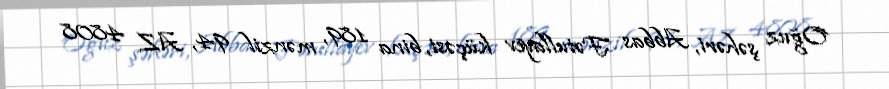
Oğuz şəhəri, Abbas Fətullayev küçəsi, bina 189, mənzil 94, AZ 4808